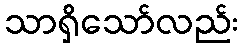
သာရှိသော်လည်း